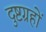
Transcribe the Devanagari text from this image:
दुष्टग्रहों